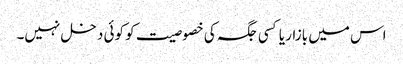
اس میں بازار یا کسی جگہ کی خصوصیت کو کوئی دخل نہیں۔